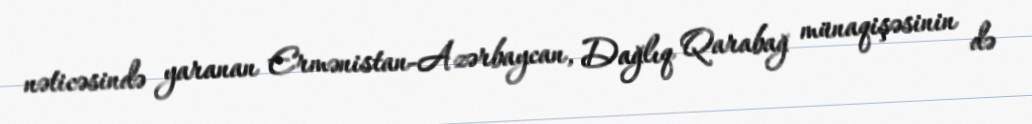
nəticəsində yaranan Ermənistan-Azərbaycan, Dağlıq Qarabağ münaqişəsinin də